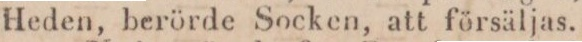
Heden, berörde Socken, att försäljas.